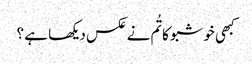
کبھی خوشبو کا تُم نے عکس دیکھا ہے ؟